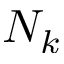
N _ { k }